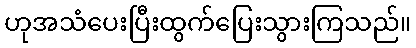
ဟုအသံပေးပြီးထွက်ပြေးသွားကြသည်။